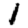
Digit: 1